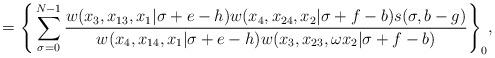
LaTeX: \begin{align*}{}~~~~~~=\Bigg\{ \sum^{N-1}_{\sigma=0}{w(x_3,x_{13},x_1|\sigma+e-h)w(x_4,x_{24},x_2|\sigma+f-b)s(\sigma,b-g)\over w(x_4,x_{14},x_1|\sigma+e-h)w(x_3,x_{23},\omega x_2|\sigma+f-b)}\Bigg\}_0,\end{align*}